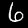
Digit: 6